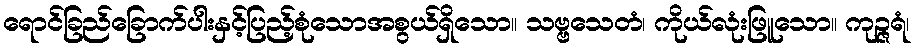
ရောင်ခြည်ခြောက်ပါးနှင့်ပြည့်စုံသောအစွယ်ရှိသော။ သဗ္ဗသေတံ၊ ကိုယ်လုံးဖြူသော။ ကုဉ္ဇရံ၊